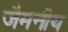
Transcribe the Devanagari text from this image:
जैमनीय